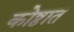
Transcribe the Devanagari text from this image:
कोष्ठात